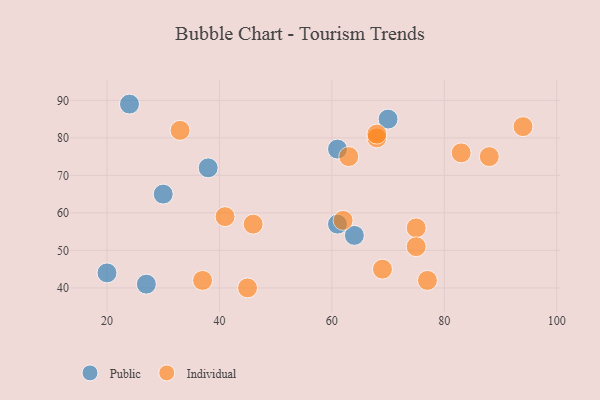
{"axis": {"x": "GDP", "y": "Life Expectancy"}, "legend": ["Individual", "Public"], "data": [{"x": "30", "y": 65, "type": "Public"}, {"x": "24", "y": 89, "type": "Public"}, {"x": "70", "y": 85, "type": "Public"}, {"x": "20", "y": 44, "type": "Public"}, {"x": "61", "y": 77, "type": "Public"}, {"x": "38", "y": 72, "type": "Public"}, {"x": "27", "y": 41, "type": "Public"}, {"x": "64", "y": 54, "type": "Public"}, {"x": "61", "y": 57, "type": "Public"}, {"x": "62", "y": 58, "type": "Individual"}, {"x": "69", "y": 45, "type": "Individual"}, {"x": "75", "y": 56, "type": "Individual"}, {"x": "68", "y": 80, "type": "Individual"}, {"x": "88", "y": 75, "type": "Individual"}, {"x": "33", "y": 82, "type": "Individual"}, {"x": "68", "y": 81, "type": "Individual"}, {"x": "46", "y": 57, "type": "Individual"}, {"x": "45", "y": 40, "type": "Individual"}, {"x": "75", "y": 51, "type": "Individual"}, {"x": "77", "y": 42, "type": "Individual"}, {"x": "41", "y": 59, "type": "Individual"}, {"x": "63", "y": 75, "type": "Individual"}, {"x": "94", "y": 83, "type": "Individual"}, {"x": "83", "y": 76, "type": "Individual"}, {"x": "37", "y": 42, "type": "Individual"}]}